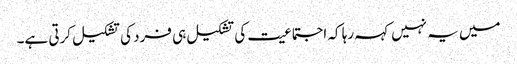
میں یہ نہیں کہہ رہا کہ اجتماعیت کی تشکیل ہی فرد کی تشکیل کرتی ہے۔